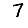
Digit: 7